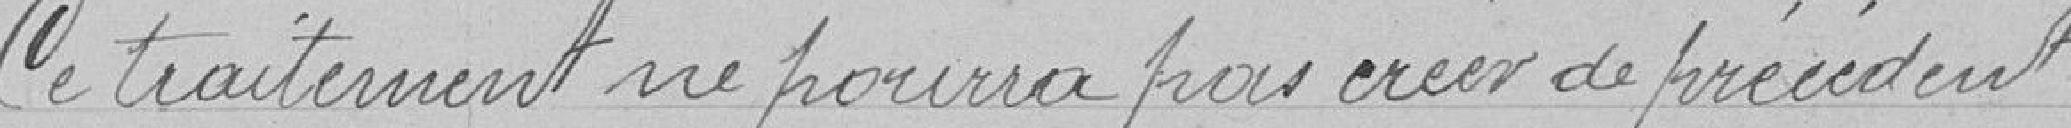
le traitement ne pourra créer de précédent